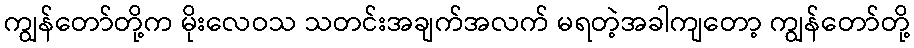
ကျွန်တော်တို့က မိုးလေဝသ သတင်းအချက်အလက် မရတဲ့အခါကျတော့ ကျွန်တော်တို့